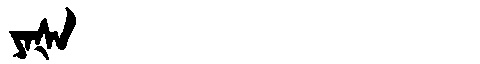
Manchu: ᠶᠠᡧᠠ
Romanization: YAŠA